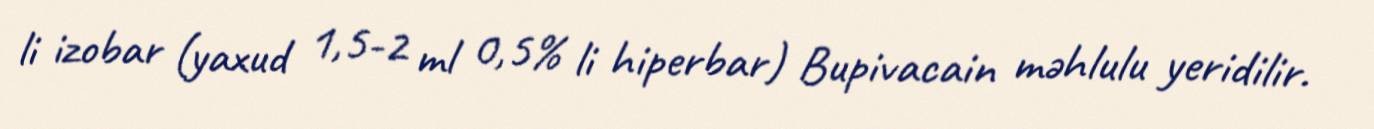
li izobar (yaxud 1,5-2 ml 0,5% li hiperbar) Bupivacain məhlulu yeridilir.